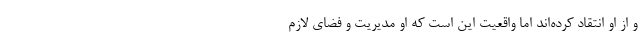
و از او انتقاد کرده‌اند اما واقعیت این است که او مدیریت و فضای لازم